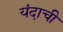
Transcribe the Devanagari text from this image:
यंदाची